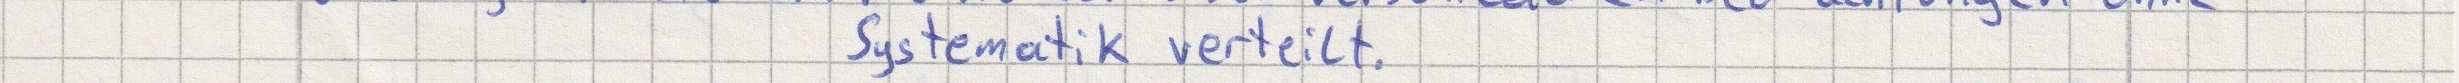
Systematik verteilt.